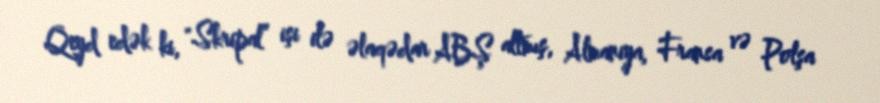
Qeyd edək ki, "Skripal” işi ilə əlaqədar ABŞ altmış, Almaniya, Fransa və Polşa